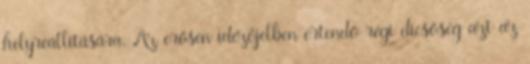
helyreállítására. Az erősen idézőjelben értendő régi dicsőség azt az